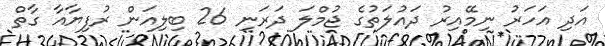
އަދި އަހަރު ނިމޭއިރު ދައުލަތުގެ ޖުމްލަ ދަރަނި 26 ބިލިއަން ރުފިޔާއާ ގާތް